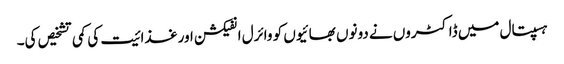
ہسپتال میں ڈاکٹروں نے دونوں بھائیوں کو وائرل انفیکشن اور غذا ئیت کی کمی تشخیص کی۔